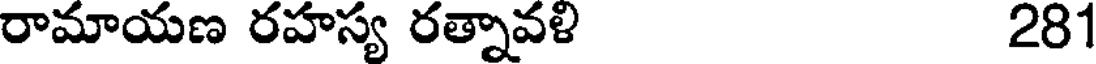
రామాయణ రహస్య రత్నావళి 281